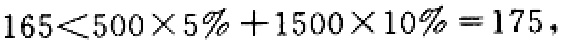
$165<500\times 5\%+1500\times 10\% = 175,$